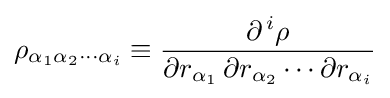
\rho _{\alpha _{1}\alpha _{2}\cdots \alpha _{i}}\equiv {\frac {\partial ^{\,i}\rho }{\partial r_{\alpha _{1}}\,\partial r_{\alpha _{2}}\cdots \partial r_{\alpha _{i}}}}